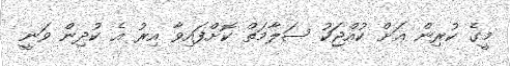
މީގެ ކުރިން އަށް ކުއްޖަކު ސަލާމަތް ކޮށްފައިވާ އިރު އެ ކުދިން ވަނީ